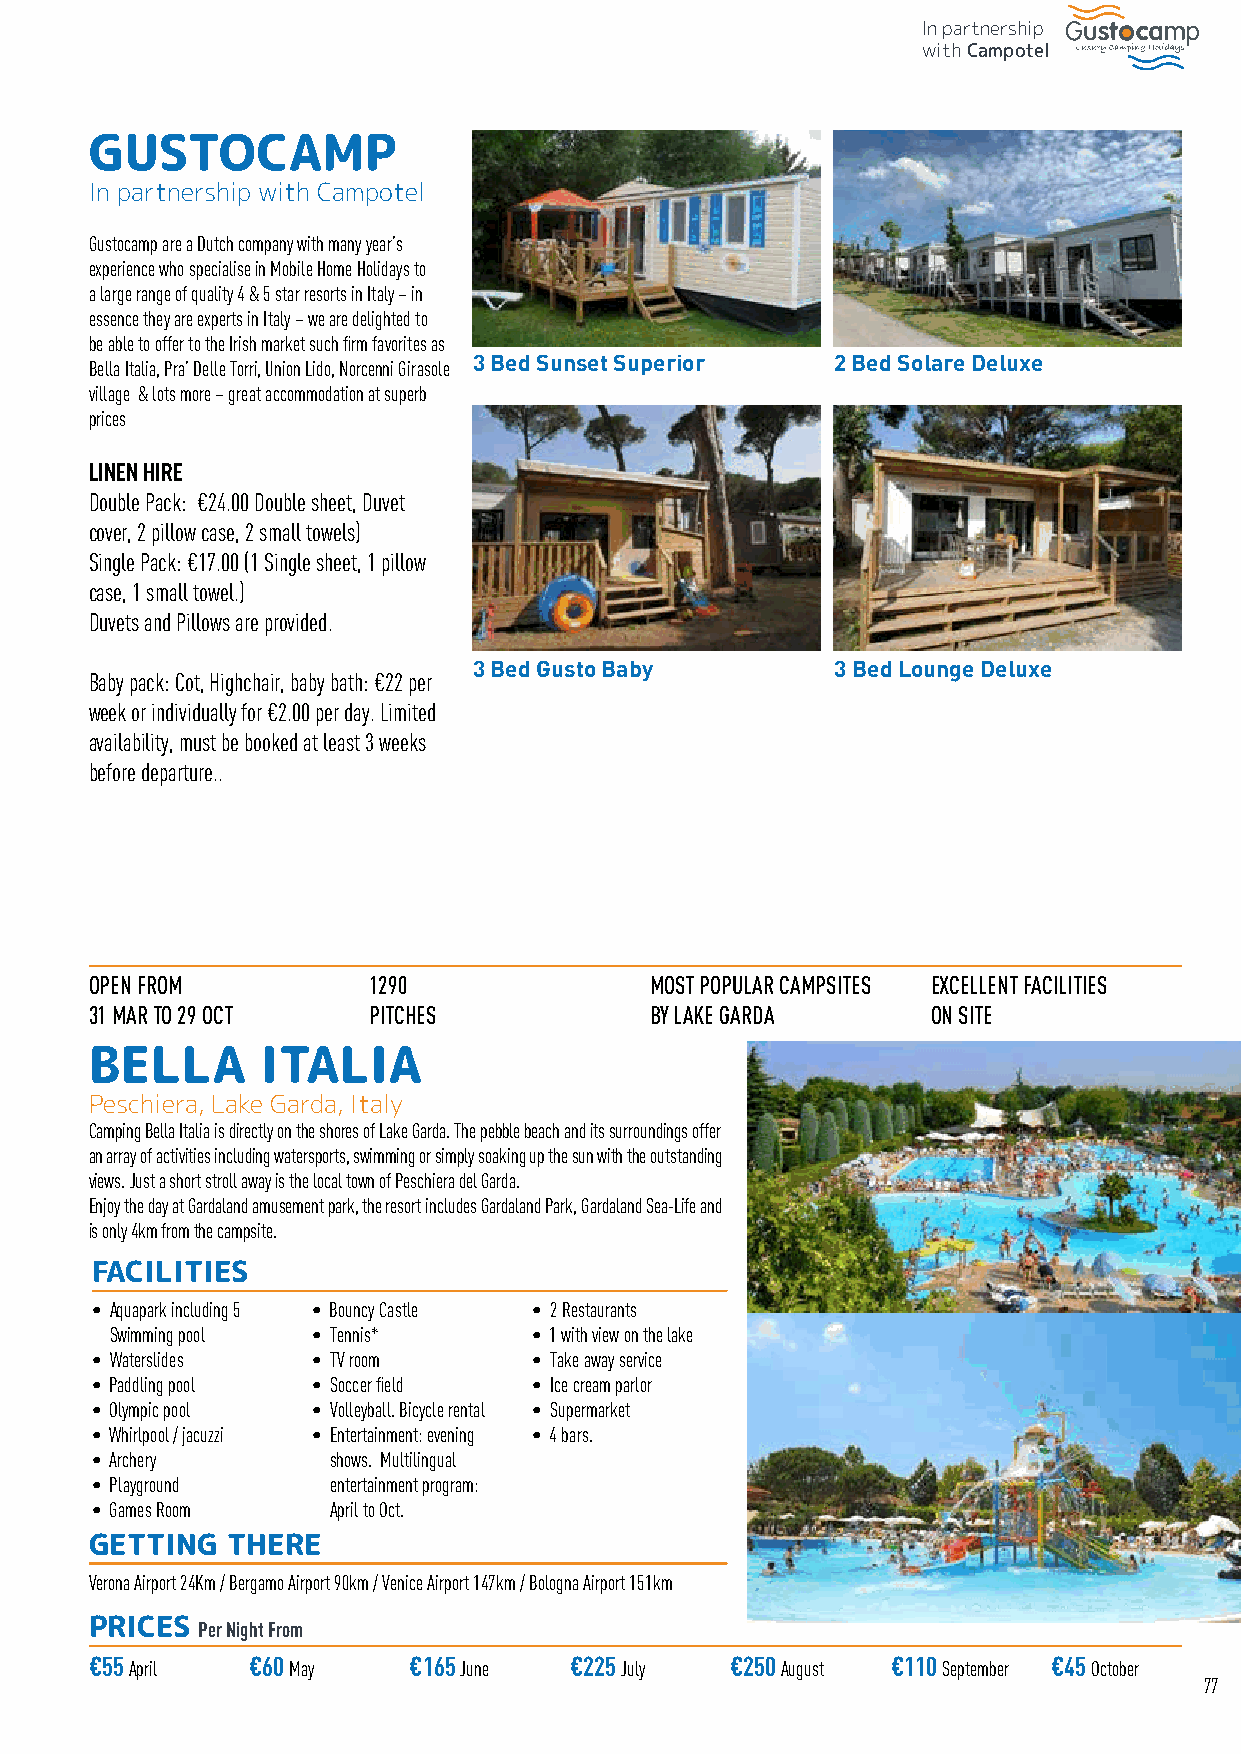
In partnership
 with Campotel
 GUSTOCAMP
 In partnership with Campotel
 Gustocamp are a Dutch company with many year’s
 experience who specialise in Mobile Home Holidays to
 a large range of quality 4 & 5 star resorts in Italy – in
 essence they are experts in Italy – we are delighted to
 be able to offer to the Irish market such firm favorites as
 3 Bed Sunset Superior   2 Bed Solare Deluxe
 Bella Italia, Pra’ Delle Torri, Union Lido, Norcenni Girasole
 village & lots more – great accommodation at superb
 prices
 LINEN HIRE
 Double Pack: €24.00 Double sheet, Duvet
 cover, 2 pillow case, 2 small towels)
 Single Pack: €17.00 (1 Single sheet, 1 pillow
 case, 1 small towel.)
 Duvets and Pillows are provided.
 3 Bed Gusto Baby        3 Bed Lounge Deluxe
 Baby pack: Cot, Highchair, baby bath: €22 per
 week or individually for €2.00 per day. Limited
 availability, must be booked at least 3 weeks
 before departure..
 OPEN FROM         1290               MOST POPULAR CAMPSITES EXCELLENT FACILITIES
 31 MAR TO 29 OCT  PITCHES            BY LAKE GARDA      ON SITE
 BELLA      ITALIA
 Peschiera, Lake Garda, Italy
 Camping Bella Italia is directly on the shores of Lake Garda. The pebble beach and its surroundings offer
 an array of activities including watersports, swimming or simply soaking up the sun with the outstanding
 views. Just a short stroll away is the local town of Peschiera del Garda.
 Enjoy the day at Gardaland amusement park, the resort includes Gardaland Park, Gardaland Sea-Life and
 is only 4km from the campsite.
 FACILITIES
 • A quapark including 5 • Bouncy Castle • 2 Restaurants
 Swimming pool • Tennis*     • 1 with view on the lake
 • Waterslides  • TV room     • Take away service
 • Paddling pool • Soccer field • Ice cream parlor
 • Olympic pool • Volleyball. Bicycle rental • Supermarket
 • Whirlpool / jacuzzi • Entertainment: evening • 4 bars.
 • Archery       shows. Multilingual
 • Playground    entertainment program:
 • Games Room    April to Oct.
 GETTING  THERE
 Verona Airport 24Km / Bergamo Airport 90km / Venice Airport 147km / Bologna Airport 151km
 PRICES Per Night From
 €55 April €60 May    €165 June  €225 July €250 August €110 September €45 October
 77